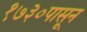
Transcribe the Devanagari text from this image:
१७३०पासून